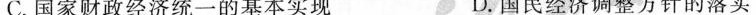
C.国家财政经济统一的基本实现 D.国民经济调整方针的落实